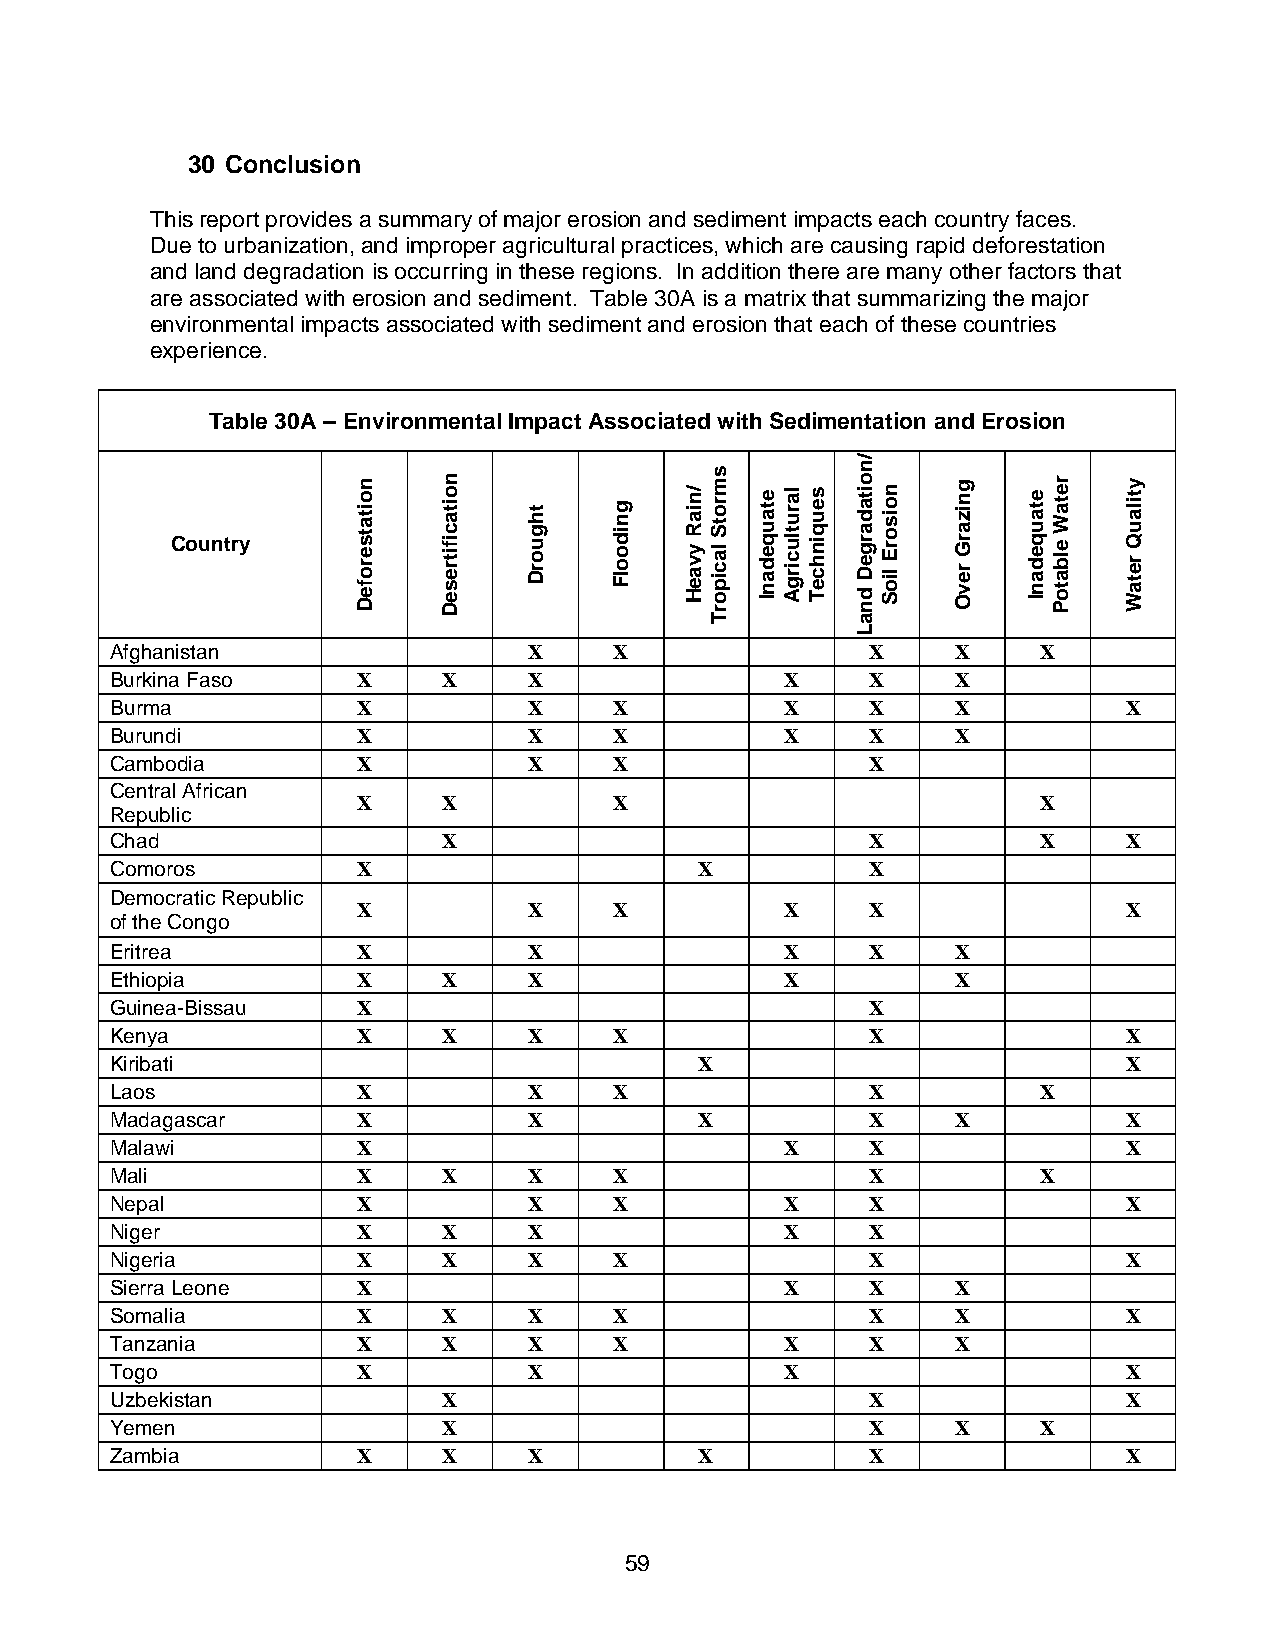
30 Conclusion
 This report provides a summary of major erosion and sediment impacts each country faces.
 Due to urbanization, and improper agricultural practices, which are causing rapid deforestation
 and land degradation is occurring in these regions. In addition there are many other factors that
 are associated with erosion and sediment. Table 30A is a matrix that summarizing the major
 environmental impacts associated with sediment and erosion that each of these countries
 experience.
 Table 30A – Environmental Impact Associated with Sedimentation and Erosion
 Country
 Afghanistan                 X     X                X    X     X
 Burkina Faso     X    X     X                X     X    X
 Burma            X          X     X          X     X    X           X
 Burundi          X          X     X          X     X    X
 Cambodia         X          X     X                X
 Central African
 X    X           X                           X
 Republic
 Chad                  X                            X          X     X
 Comoros          X                     X           X
 Democratic Republic
 X          X     X          X     X                X
 of the Congo
 Eritrea          X          X                X     X    X
 Ethiopia         X    X     X                X          X
 Guinea-Bissau    X                                 X
 Kenya            X    X     X     X                X                X
 Kiribati                               X                            X
 Laos             X          X     X                X          X
 Madagascar       X          X          X           X    X           X
 Malawi           X                           X     X                X
 Mali             X    X     X     X                X          X
 Nepal            X          X     X          X     X                X
 Niger            X    X     X                X     X
 Nigeria          X    X     X     X                X                X
 Sierra Leone     X                           X     X    X
 Somalia          X    X     X     X                X    X           X
 Tanzania         X    X     X     X          X     X    X
 Togo             X          X                X                      X
 Uzbekistan            X                            X                X
 Yemen                 X                            X    X     X
 Zambia           X    X     X          X           X                X
 59
 noitatserofeD noitacifitreseD
 thguorD gnidoolF
 /niaR
 yvaeH
 smrotS
 laciporT
 etauqedanI larutlucirgA seuqinhceT
 /noitadargeD
 dnaL
 noisorE
 lioS
 gnizarG
 revO
 etauqedanI retaW
 elbatoP
 ytilauQ
 retaW